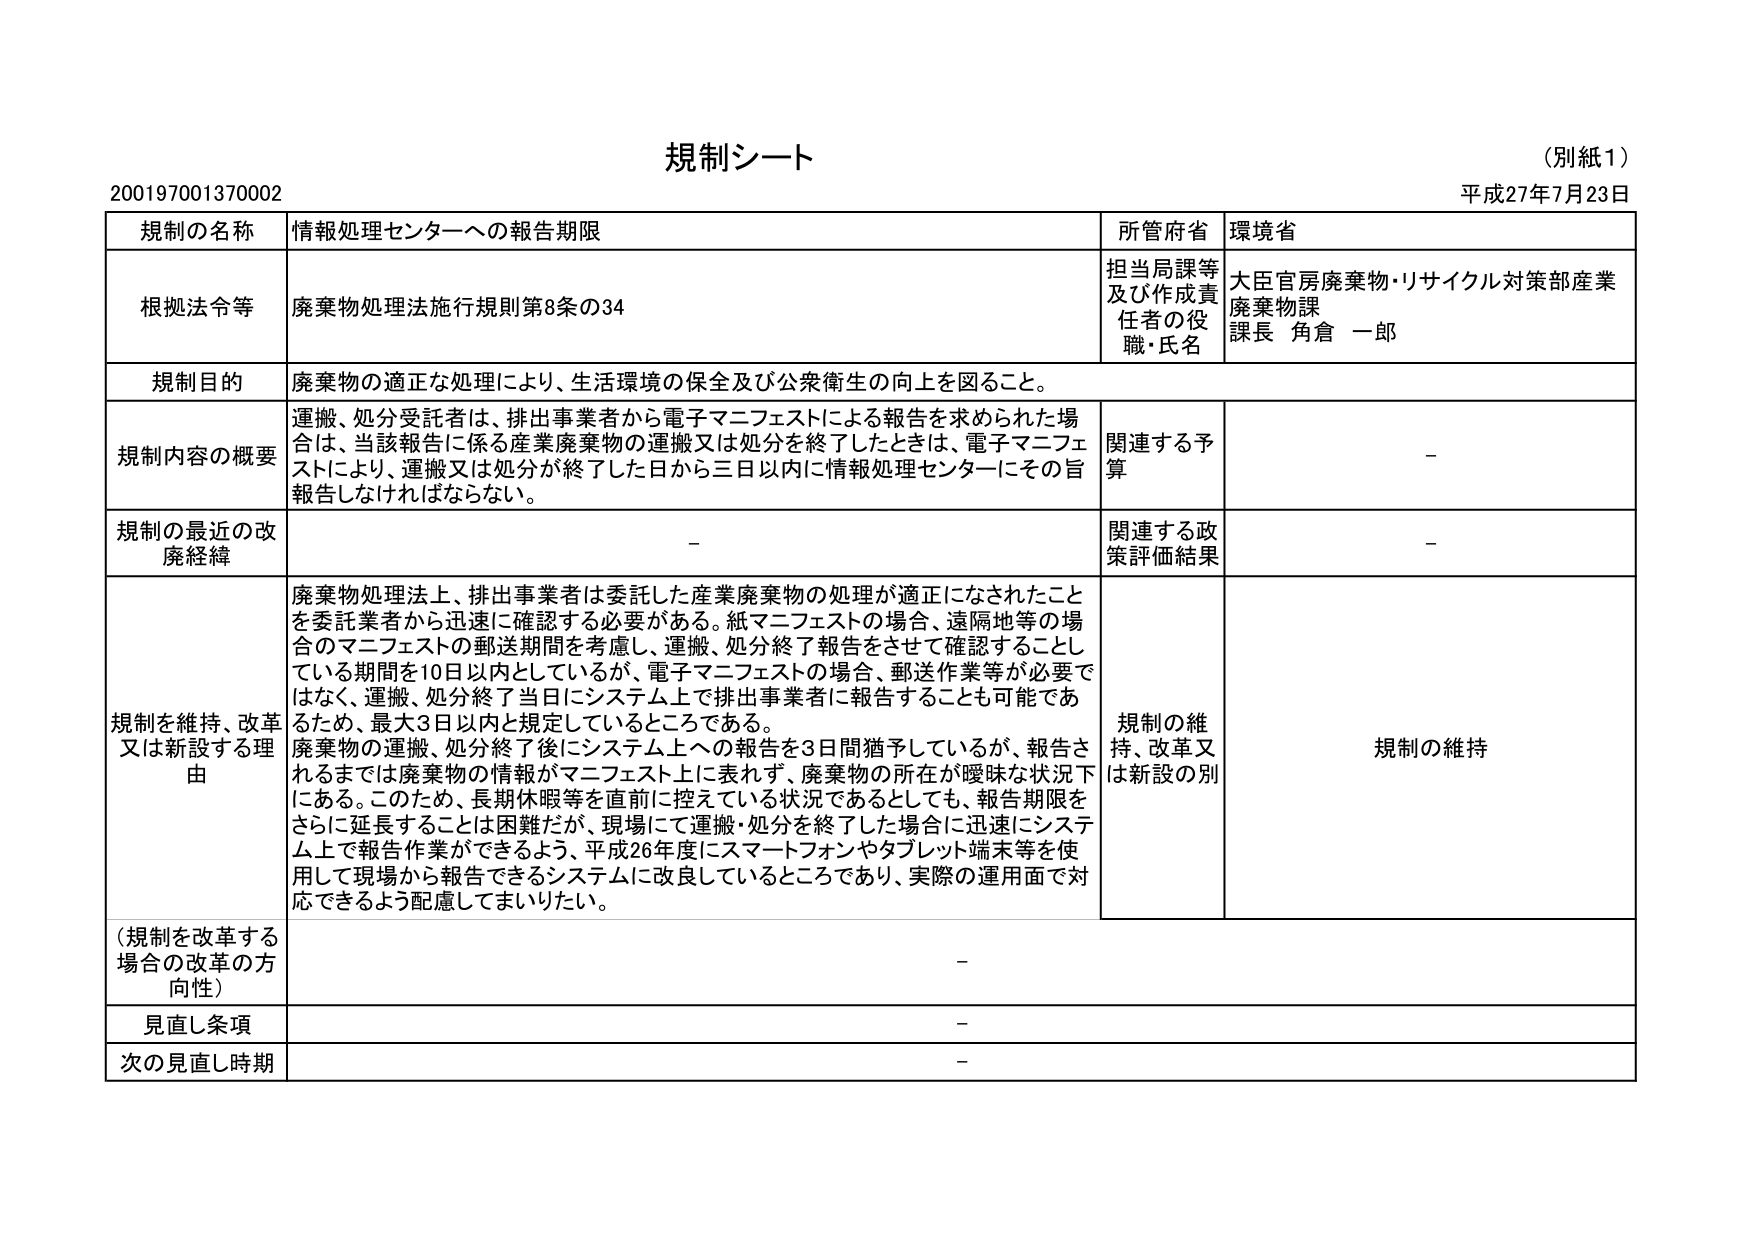
規制シート
（別紙1）
平成27年7月23日
200197001370002

規制の名称　情報処理センターへの報告期限
所管府省　環境省

根拠法令等　廃棄物処理法施行規則第8条の34
担当局課等及び作成責任者の役職・氏名　大臣官房廃棄物・リサイクル対策部産業廃棄物課 課長 角倉 一郎

規制目的　廃棄物の適正な処理により、生活環境の保全及び公衆衛生の向上を図ること。

規制内容の概要　運搬、処分受託者は、排出事業者から電子マニフェストによる報告を求められた場合は、当該報告に係る産業廃棄物の運搬又は処分を終了したときは、電子マニフェストにより、運搬又は処分が終了した日から三日以内に情報処理センターにその旨報告しなければならない。
関連する予算　－

規制の最近の改廃経緯　－
関連する政策評価結果　－

規制を維持、改革又は新設する理由　廃棄物処理法上、排出事業者は委託した産業廃棄物の処理が適正になされたことを委託業者から迅速に確認する必要がある。紙マニフェストの場合、遠隔地等の場合のマニフェストの郵送期間を考慮し、運搬、処分終了報告をさせて頂くこととしている期間を10日以内としているが、電子マニフェストの場合、郵送作業等が必要ではなく、運搬、処分終了当日にシステム上で排出事業者に報告することも可能であるため、最大3日以内と規定しているところである。
廃棄物の運搬、処分終了後にシステム上への報告を3日間猶予しているが、報告されるまでは廃棄物の情報がマニフェスト上に表れず、廃棄物の所在が曖昧な状況下にある。このため、長期休暇等を直前に控えている状況であるとしても、報告期限をさらに延長することは困難だが、現場にて運搬・処分を終了した場合に迅速にシステム上で報告作業ができるよう、平成26年度にスマートフォンやタブレット端末等を使用して現場から報告できるシステムに改良しているところであり、実際の運用面で対応できるよう配慮してまいりたい。
規制の維持、改革又は新設の別　規制の維持

（規制を改革する場合の改革の方向性）　－

見直し条項　－

次の見直し時期　－